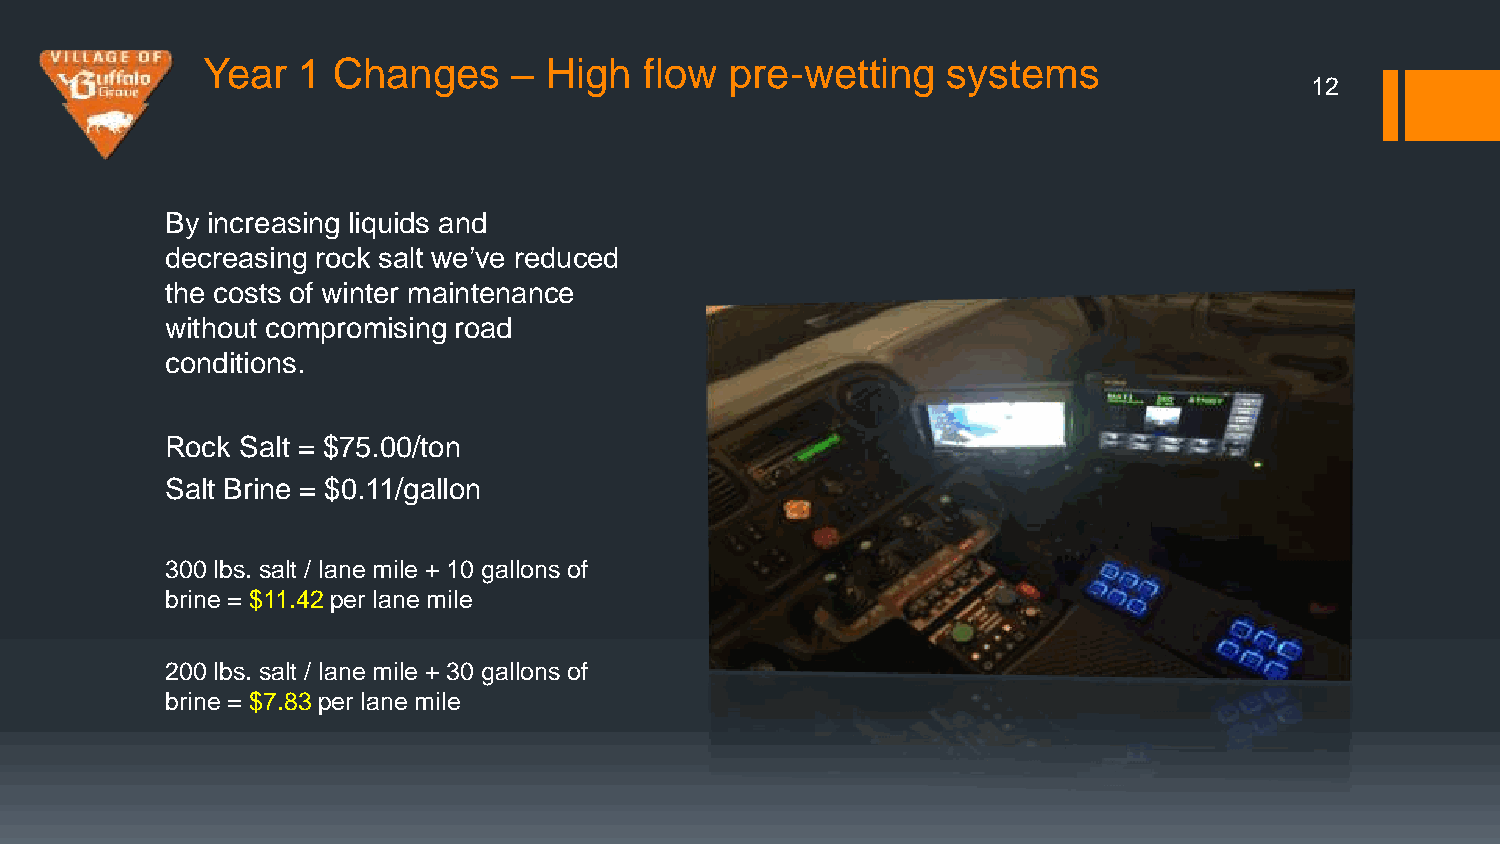
Year   1 Changes     – High   flow pre-wetting    systems
 12
 By increasing liquids and
 decreasing rock salt we’ve reduced
 the costs of winter maintenance
 without compromising road
 conditions.
 Rock Salt = $75.00/ton
 Salt Brine = $0.11/gallon
 300 lbs. salt / lane mile + 10 gallons of
 brine = $11.42 per lane mile
 200 lbs. salt / lane mile + 30 gallons of
 brine = $7.83 per lane mile